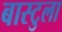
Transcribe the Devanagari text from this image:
बास्टुला